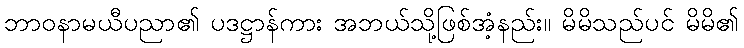
ဘာဝနာမယီပညာ၏ ပဒဋ္ဌာန်ကား အဘယ်သို့ဖြစ်အံ့နည်း။ မိမိသည်ပင် မိမိ၏